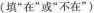
（填“在”或“不在”）